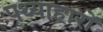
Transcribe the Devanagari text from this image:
पथ्याहारों